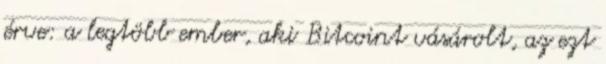
érve: a legtöbb ember, aki Bitcoint vásárolt, az ezt